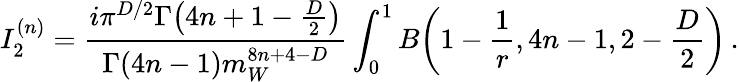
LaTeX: I_{2}^{(n)}=\frac{i\pi^{D/2}\Gamma\big(4n+1-\frac{D}{2}\big)}{\Gamma(4n-1)m_{W}^{8n+4-D}}\int_{0}^{1}B\bigg(1-\frac{1}{r},4n-1,2-\frac{D}{2}\bigg)\, .